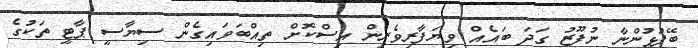
ބޭފުޅުންނާ ނުފޫޒު ގަދަ ބައެއް ވިޔަފާރިވެރިން އިސްކޮށް ތިއްބަވައިގެން ސިޔާސީ ޕާޓީ ތަކުގެ